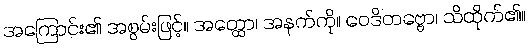
အကြောင်း၏ အစွမ်းဖြင့်။ အတ္ထော၊ အနက်ကို။ ဝေဒိတဗ္ဗော၊ သိထိုက်၏။